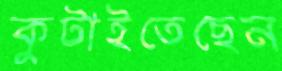
কুটাইতেছেন